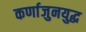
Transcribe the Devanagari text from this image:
कर्णाजुनयुद्ध